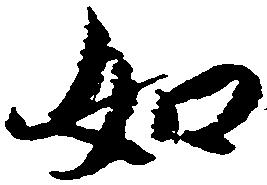
如